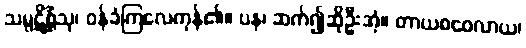
သမ္ပဋိစ္ဆိံသု၊ ဝန်ခံကြလေကုန်၏။ ပန၊ ဆက်၍ဆိုဦးအံ့။ တာယစဝေလာယ၊